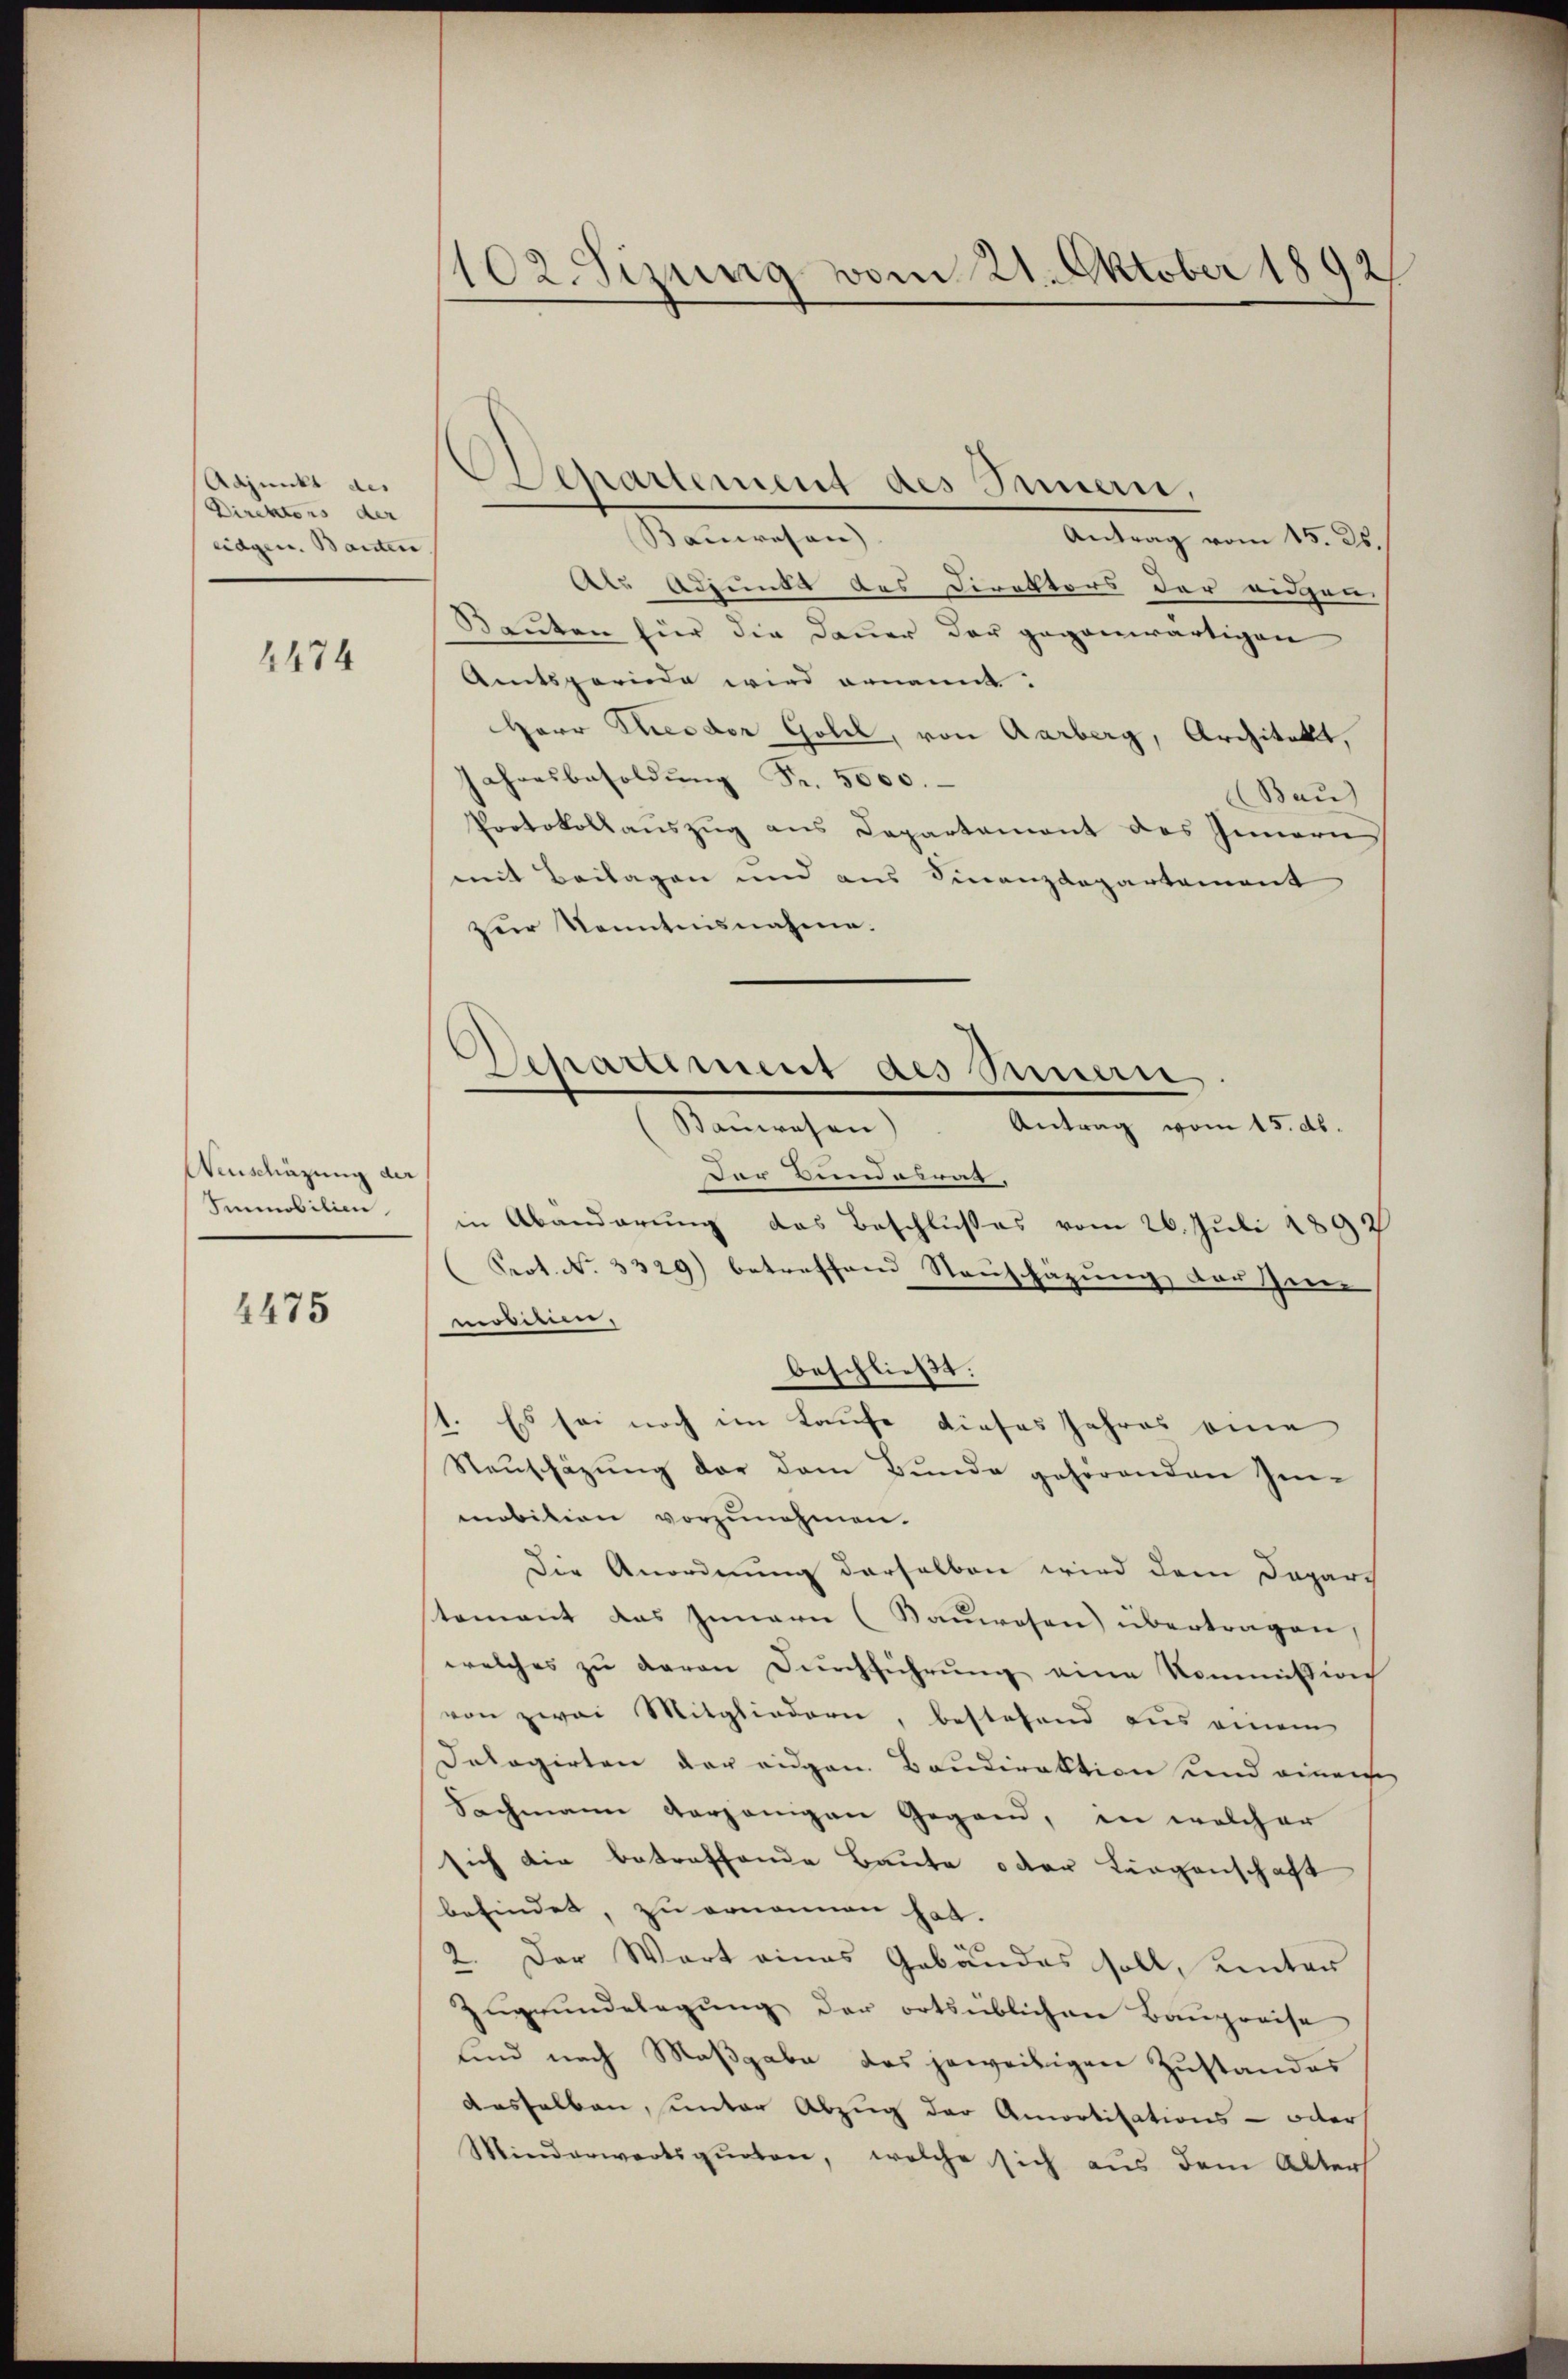
Adjunkt des
Direktors der
eidgen. Bauten

2474

Neuschäzung der
Immobilien

1475

102 Sizung vom 21. Oktober 1892

Bauwesen)
Antrag vom 15. 26.
die Adjunkt des Direktors der eidgen
Bauten für die Dauer der gegenwärtigen
Amtsperiode wird ernannt:
Herr Theodor Goll, von Aarberg, Architekt,
ahresbesoldŭng Fr. 5000.
Bau)
Protokollauszug aus Departement des Innern
mit Beilagen und aus Finanzdepartement
zur Kenntnisnahme.
der Landatrat.
in Abänderung das Beschlußes vom 26. Juli 1892
Prot. No. 3329) betreffend Neuschäzung, der Zin
motier,
beschließt:
1. Es sei noch im Laufe dieses Jahres eine
Neuschäzung der dem Bunde gehörenden Jenmobition vorzunehmen.
Die Anordnung derselben wird dem Depart
stement das Innern (Sauwesen) übertragen,
welches zŭ davon Dŭrchführŭng eine Kommission
von zwei Mitgliedern, bestehend aus einem
Dalogirten der eidgen. Baudirektion und einen
Sachmann verjenigen Gegnen, in welcher
sich die betreffende Baute oder Liegenschaft
befindet, zu ernannen hat.
2. Der Wort eines Gebäudes soll, unter
Zugrundelagung der ortsüblichen Baupreise
und nach Maßgabe das jeweibigen Zustandes
dasselben, unter Abzug der Amortisations- oder
Miederwartsqŭoten, welche sich aus dem Alter

Departement des Innern,

Separtiment als Simmen
Banwesen). Antrag vom 15. d.